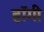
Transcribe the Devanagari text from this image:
हॉगी